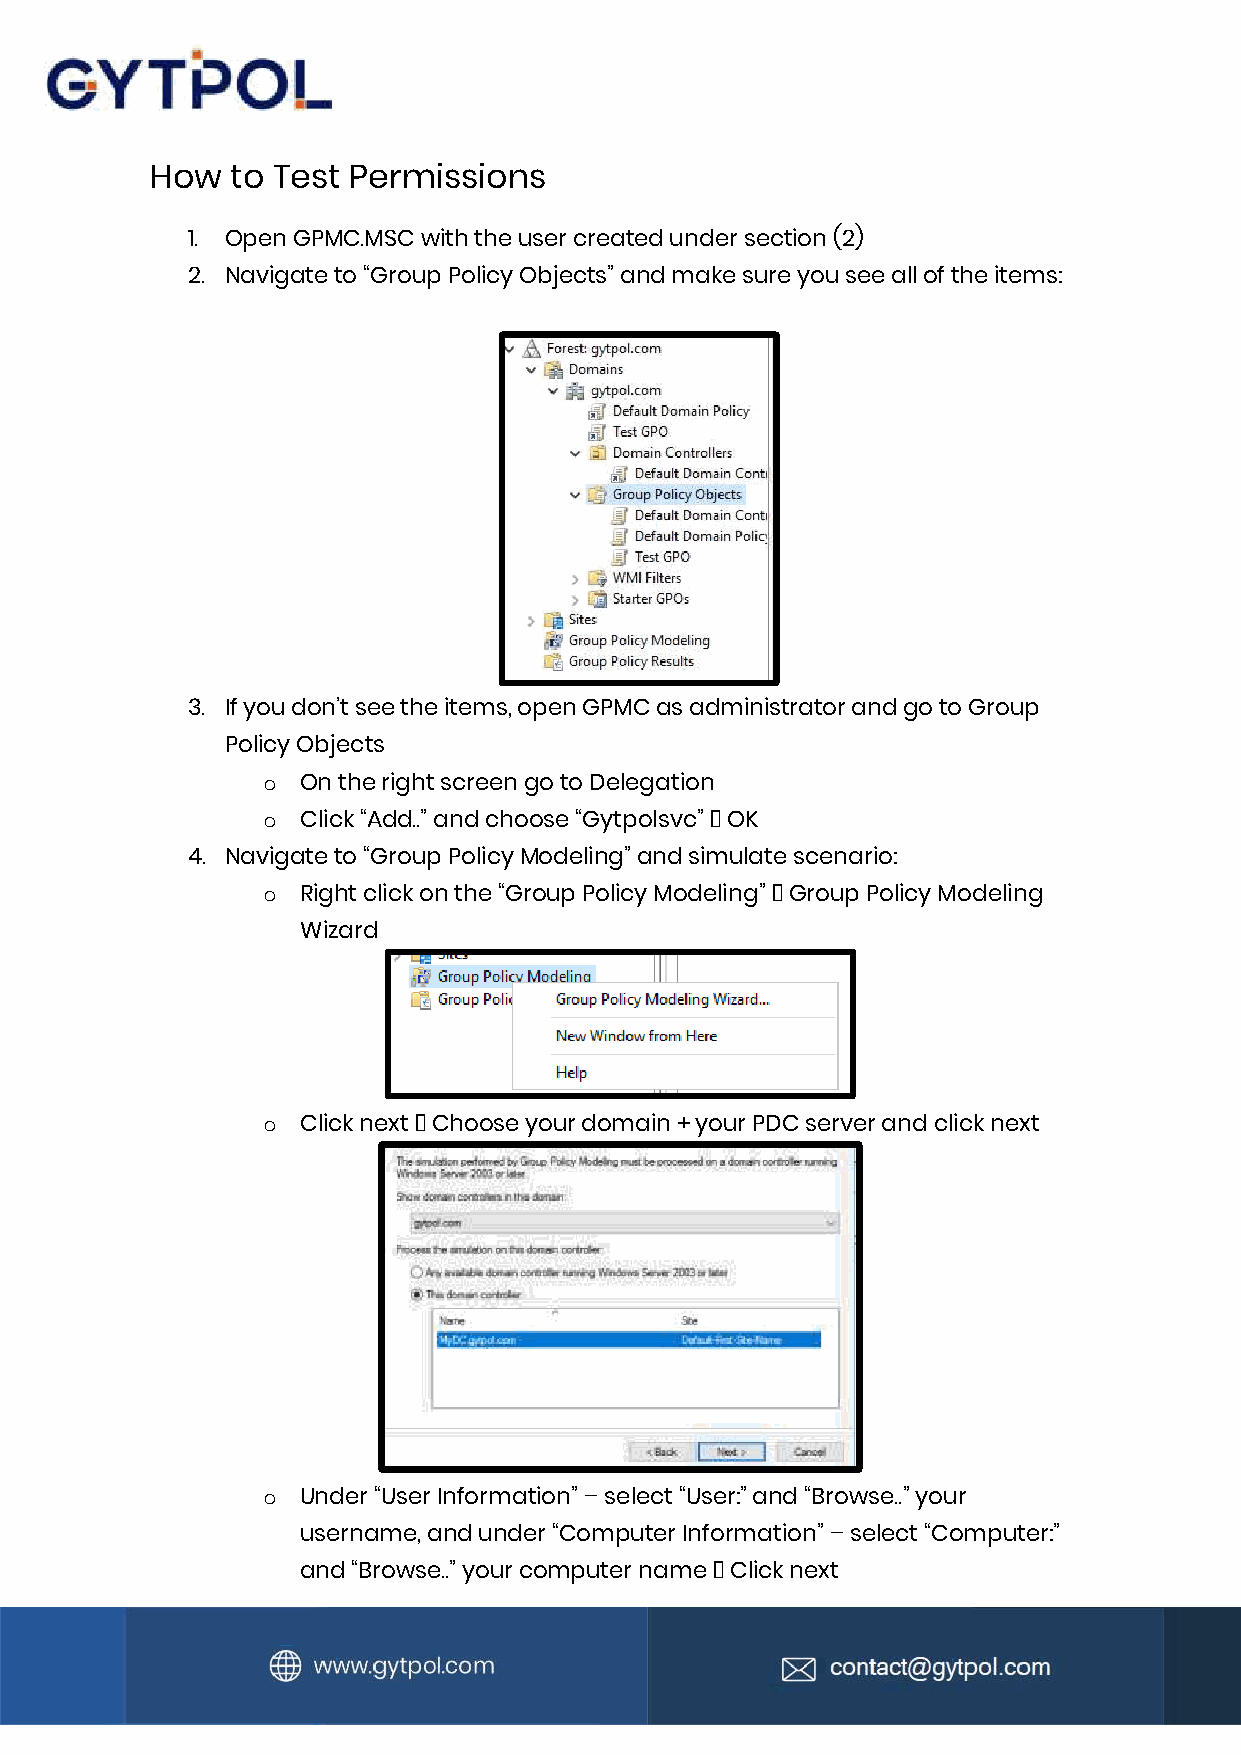
How  to Test Permissions
 1. Open GPMC.MSC with the user created under section (2)
 2. Navigate to “Group Policy Objects” and make sure you see all of the items:
 3. If you don’t see the items, open GPMC as administrator and go to Group
 Policy Objects
 o  On the right screen go to Delegation
 o  Click “Add..” and choose “Gytpolsvc” 🡪 OK
 4. Navigate to “Group Policy Modeling” and simulate scenario:
 o  Right click on the “Group Policy Modeling” 🡪 Group Policy Modeling
 Wizard
 o  Click next 🡪 Choose your domain + your PDC server and click next
 o  Under “User Information” – select “User:” and “Browse..” your
 username, and under “Computer Information” – select “Computer:”
 and “Browse..” your computer name 🡪 Click next